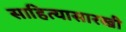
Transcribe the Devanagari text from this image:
साहित्यासारखी